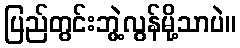
ပြည်တွင်းဘွဲ့လွန်မို့သာပဲ။